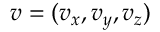
\boldsymbol { v } = ( v _ { x } , v _ { y } , v _ { z } )